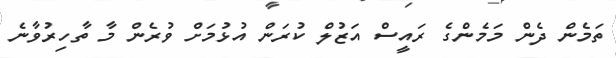
ތަމެން ދެން މަމެންގެ ރައީސް އަޒުލް ކުރަން އުޅުމަށް ވުރެން މާ ތާހިރުވާނެ